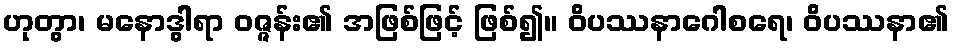
ဟုတွာ၊ မနောဒွါရာ ဝဇ္ဇန်း၏ အဖြစ်ဖြင့် ဖြစ်၍။ ဝိပဿနာဂေါစရေ၊ ဝိပဿနာ၏